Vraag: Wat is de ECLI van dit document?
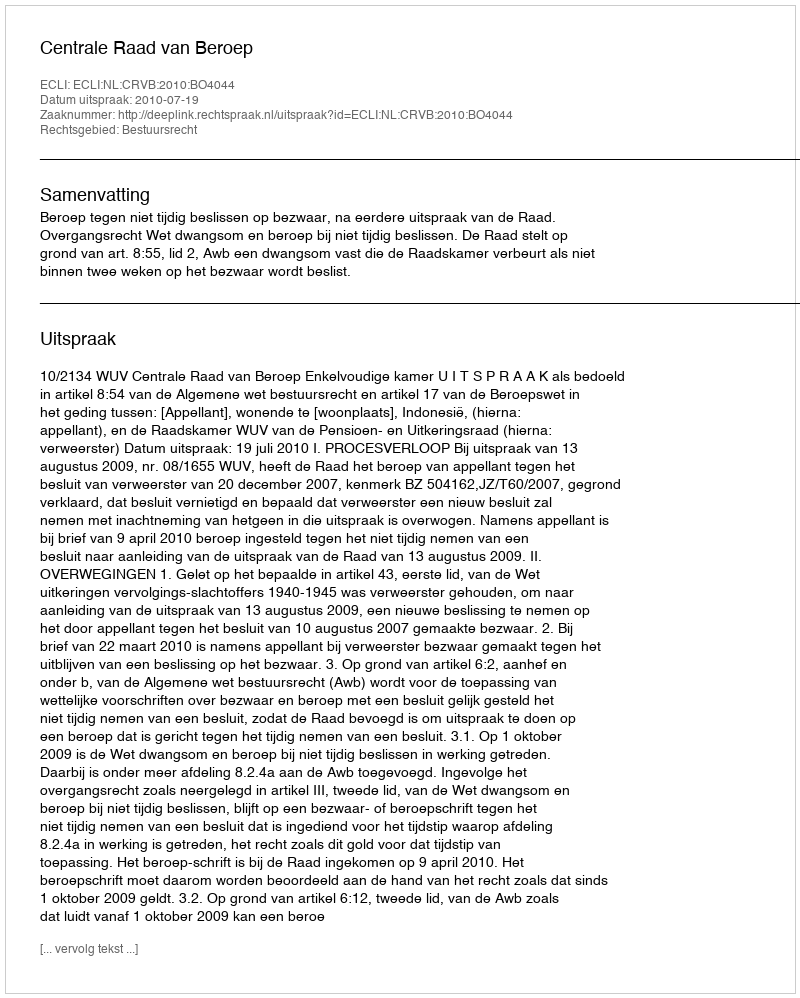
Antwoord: ECLI:NL:CRVB:2010:BO4044